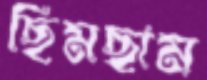
ছিমছাম